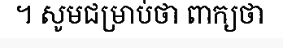
។ សូមជម្រាប់ថា ពាក្យថា